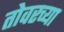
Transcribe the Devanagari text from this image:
तोवरच्या